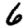
Digit: 6